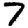
Digit: 7